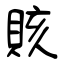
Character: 賅